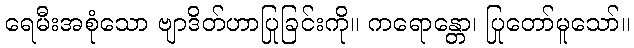
ရေမီးအစုံသော ဗျာဒိတ်ဟာပြုခြင်းကို။ ကရောန္တော၊ ပြုတော်မူသော်။